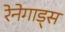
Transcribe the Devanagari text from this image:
रेनेगाड्स